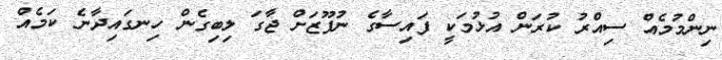
ނިންމުމެއް ސިއްރު ކުރަން އުޅުމަކީ ފައިސާގެ ނުފޫޒަށް ޖާގަ ލިބިގެން ހިނގައިދާނެ ކަމެއް